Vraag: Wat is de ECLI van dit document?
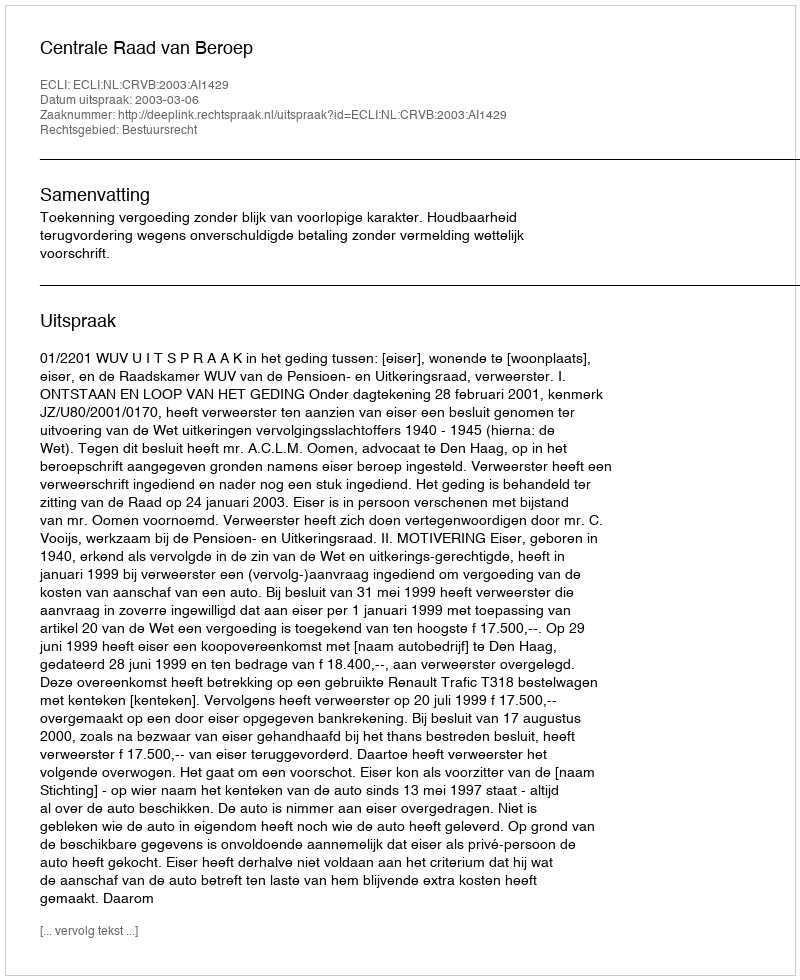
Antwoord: ECLI:NL:CRVB:2003:AI1429